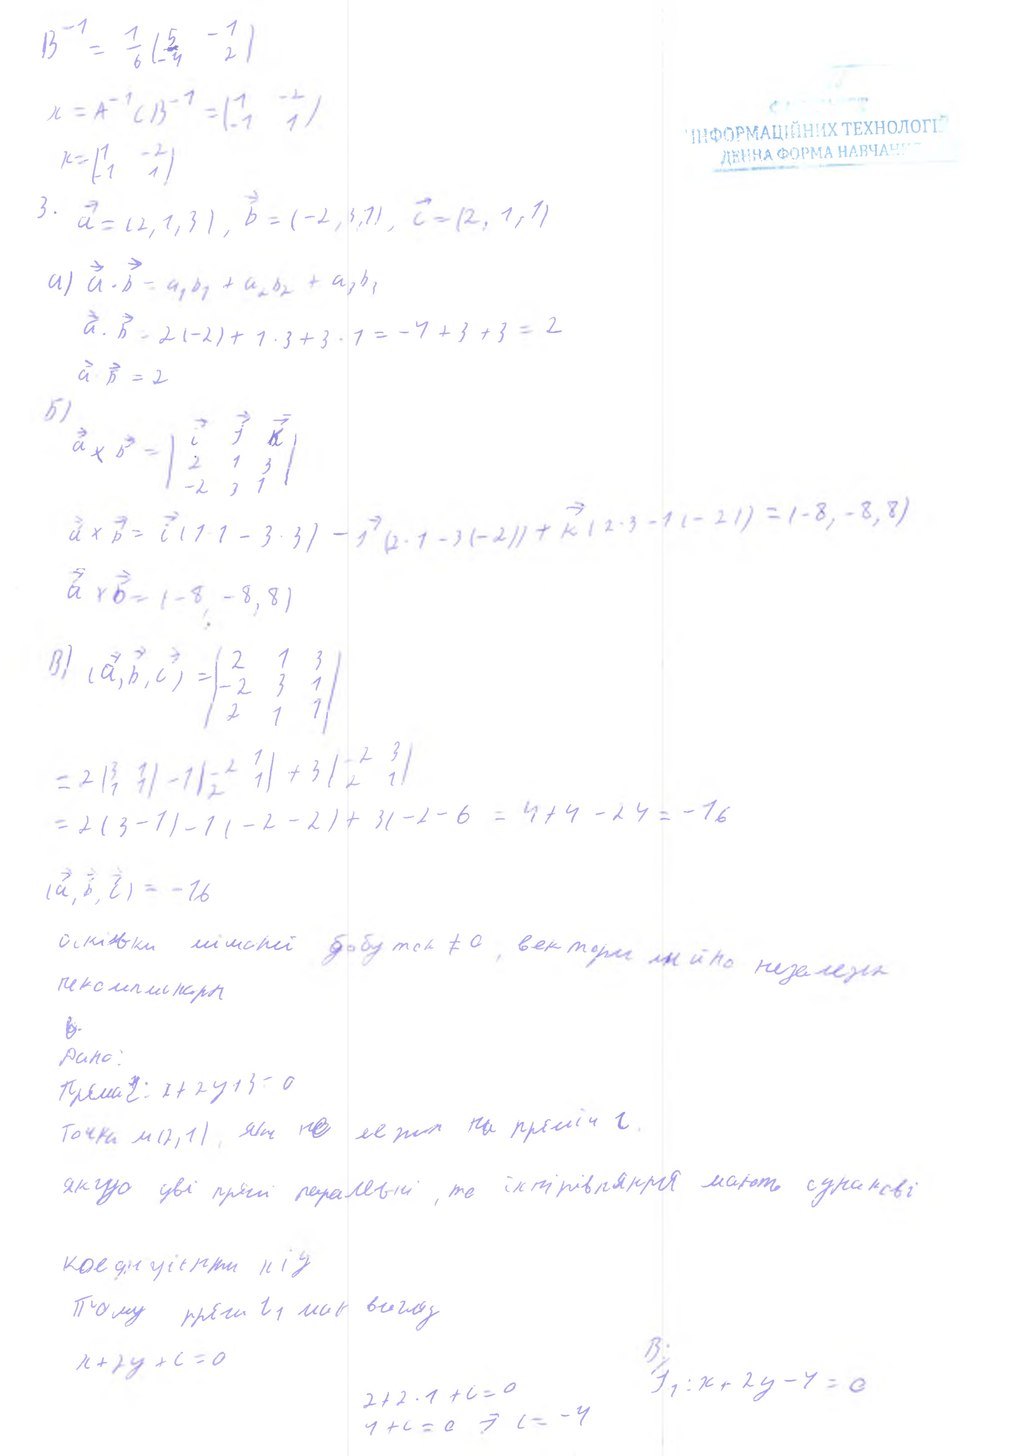
B^{-1} = \frac{1}{6} \begin{pmatrix} 5 & -1 \\ -4 & 2 \end{pmatrix}
х = A^(-1) C B^(-1) = (1 -2; 1 1)
х = (1 -2; 1 1)
3. →a = (2, 1, 3), →b = (-2, 3, 1), →c = (2, 1, 1)
a) \vec{a} \cdot \vec{b} = a_1 b_1 + a_2 b_2 + a_3 b_3
→ a ⋅→b = 2(-2) + 1 ⋅ 3 + 3 ⋅ 1 = -4 + 3 + 3 = 2
→a · →b = 2
δ) a x b = | i j k | | 2 1 3 | | -2 3 1 |
a x b = i ( 1 ⋅ 1 - 3 3) - j (2⋅1 - 3 (-2)) + k (2⋅3 -1 (-2)) = (-8, -8, 8)
a x b =(-8, -8, 8)
B) (\vec{a}, \vec{b}, \vec{c}) = \begin{vmatrix} 2 & 1 & 3 \\ -2 & 3 & 1 \\ 2 & 1 & 1 \end{vmatrix}
= 2 (3 1; 1 1) - 1 (-2 1; 2 1) + 3 (-2 3; 2 1)
= 2(3-1)-1(-2-2)+3(-2-6 = 4+4-24 = -16
(\vec{a}, \vec{b}, \vec{c}) = -16
Оскільки мішаний добуток ≠ 0, вектори лінійно незалежні
b
Дано:
Пряма l: x + 2y + 3 - 0
Точки M(2, 1), яка не лежить на прямій l.
якщо дві прямі паралельні, то їхні рівняння мають однакові
коефіцієнти x і y
Тому пряма І1 має вигляд
B: І1: х + 2y - 4 = 0
x + 2y + c = 0
2 + 2 · 1 + с = 0
4 + c = 0 → c = -4